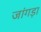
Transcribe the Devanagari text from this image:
जांगड़ा